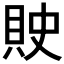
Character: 𰶽